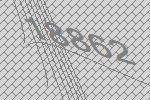
18862